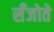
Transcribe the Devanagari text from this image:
सँजोते